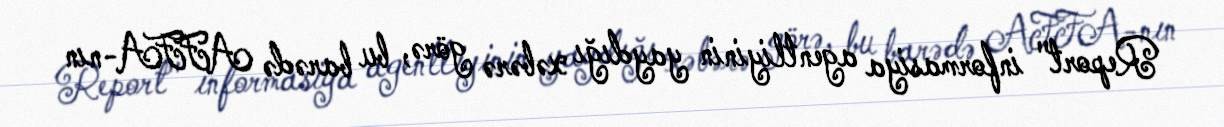
Report" informasiya agentliyinin yaydığı xəbərə görə, bu barədə AFFA-nın